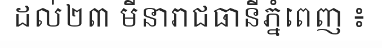
ដល់២៣ មីនារាជធានីភ្នំពេញ ៖